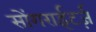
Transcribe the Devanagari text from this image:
सोंगराईटर्ज़